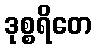
ဒုစ္စရိတေ